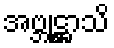
အဗ္ဘုဋ္ဌာသိ